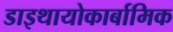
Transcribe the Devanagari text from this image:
डाइथायोकार्बामिक